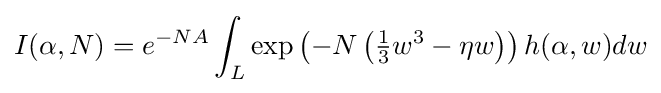
I(\alpha ,N)=e^{-NA}\int _{L}\exp \left(-N\left({\tfrac {1}{3}}w^{3}-\eta w\right)\right)h(\alpha ,w)dw